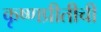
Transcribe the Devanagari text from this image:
कृष्णप्रीतीची